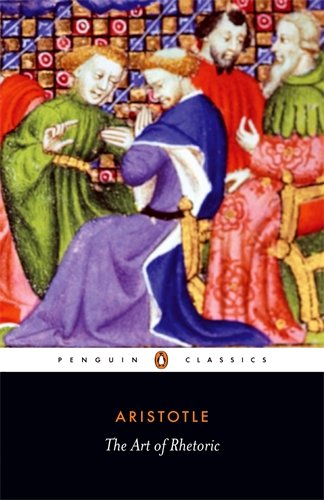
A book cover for The Art of Rhetoric (Penguin Classics); Aristotle; Law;